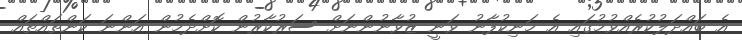
އެ ބައްދަލުކުރެއްވުމުގައި އެ މަނިކުފާނު ވަނީ ޒުވާނުންނަށް ސަރުކާރުން ކޮށްދެމުން އަންނަ ކަންތައްތައް